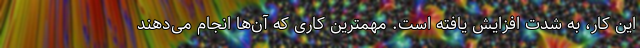
این کار، به شدت افزایش یافته است. مهمترین کاری که آن‌ها انجام می‌دهند